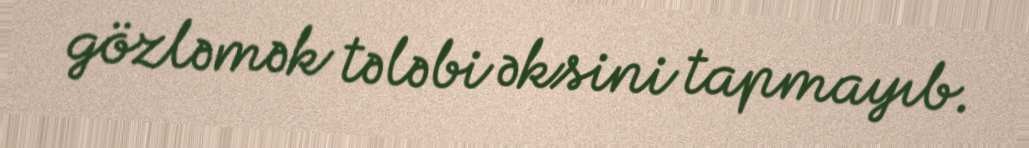
gözləmək tələbi əksini tapmayıb.